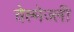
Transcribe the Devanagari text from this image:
वेल्मेज्ली